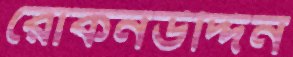
রোকনউদ্দিন